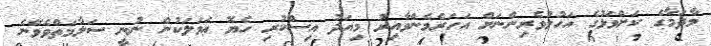
މާދަމާގެ ކަށްވަޅުގެ އަހުލުވެރިންނަށް އަހަރެމެންވާއިރު މިއަދު އިސްކުރި ހެޔޮ ޢަމަލަކުން ނުނީ ސަލާމަތްވެވޭނެ